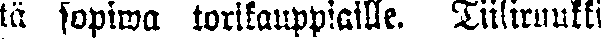
tä sopiwa torikauppiaille. Tiiliruukki